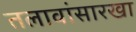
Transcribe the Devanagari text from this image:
तलावांसारखा